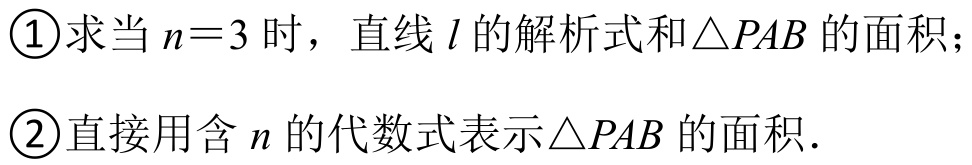
\textcircled{1}求当\(n = 3\)时，直线\(l\)的解析式和\(\triangle PAB\)的面积；
\textcircled{2}直接用含\(n\)的代数式表示\(\triangle PAB\)的面积．